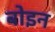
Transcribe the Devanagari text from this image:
बोइन